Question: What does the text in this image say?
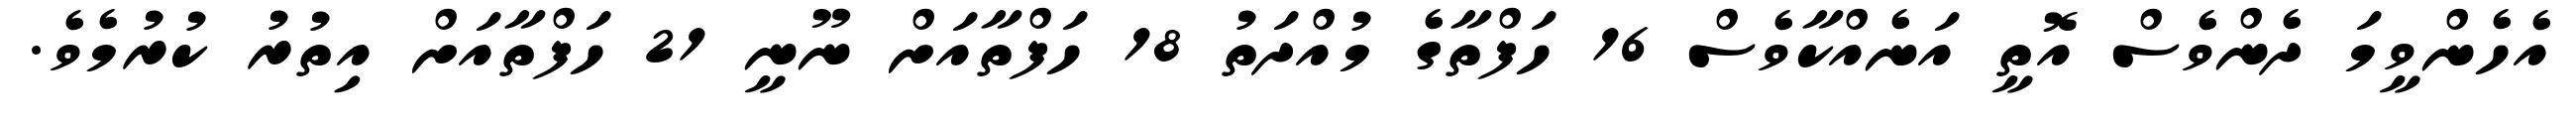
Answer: އެހެންވީމަ ދެންވެސް އޮތީ އަނެއްކާވެސް 16 ހަފްތާގެ މުއްދަތު 18 ހަފްތާއަށް ނޫނީ 21 ހަފްތާއަށް އިތުރު ކުރުމެވެ.